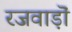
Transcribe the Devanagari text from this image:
रजवाड़ॊं